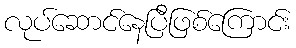
လုပ်ဆောင်နေပြီဖြစ်ကြောင်း